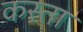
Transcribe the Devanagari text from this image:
कस्‍ता